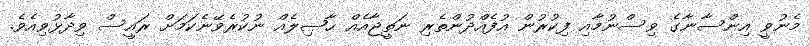
މެނުވީ އިންސާނާގެ ވިސްނުމާއި ފިކުރުން އުފެއްދުންތެރި ނަތީޖާއެއް ޙާޞިލެއް ނުކުރެވޭނެކަމަށް ރައީސް ވިދާޅުވިއެވެ.